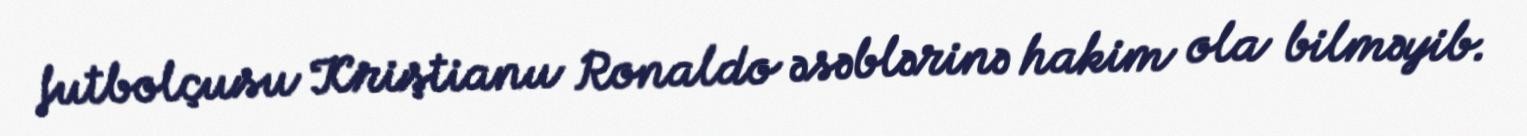
futbolçusu Kriştianu Ronaldo əsəblərinə hakim ola bilməyib.